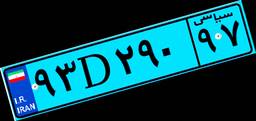
۲۳D۸۸۵۶۴